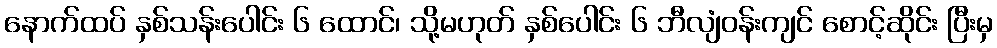
နောက်ထပ် နှစ်သန်းပေါင်း ၆ ထောင်၊ သို့မဟုတ် နှစ်ပေါင်း ၆ ဘီလျံဝန်းကျင် စောင့်ဆိုင်း ပြီးမှ